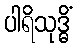
ပါရိသုဒ္ဓိံ